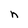
Character: n